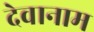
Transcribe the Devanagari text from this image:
देवानाम